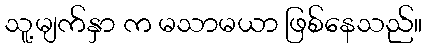
သူ့မျက်နှာ က မသာမယာ ဖြစ်နေသည်။